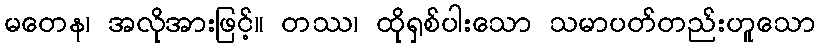
မတေန၊ အလိုအားဖြင့်။ တဿ၊ ထိုရှစ်ပါးသော သမာပတ်တည်းဟူသော